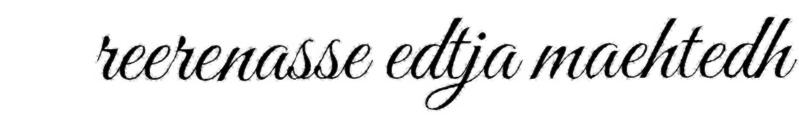
reerenasse edtja maehtedh